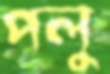
পলু